Scottish Leaving Certificate Examination, 1956
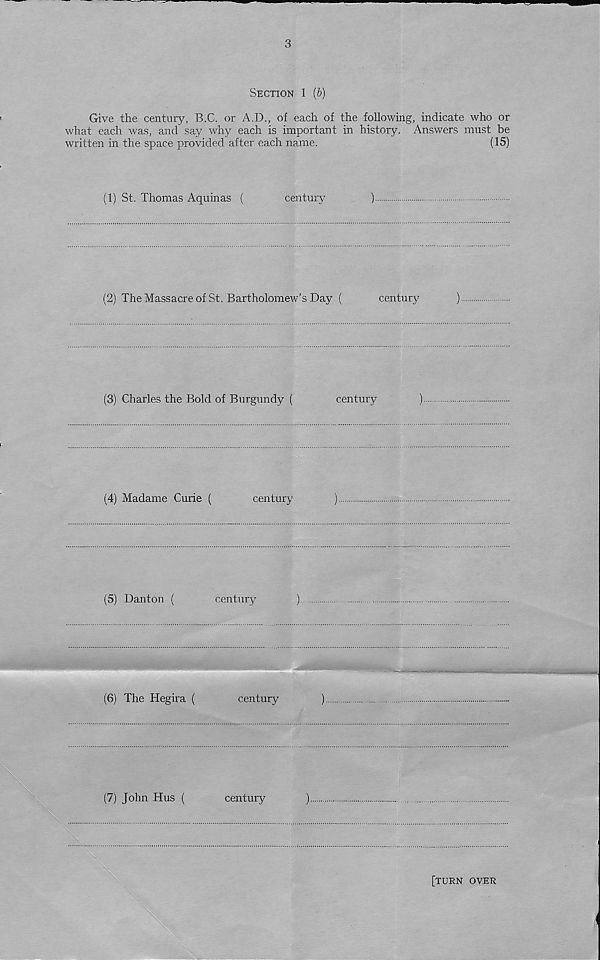
3
Section 1 (b)
Give the century, B.C. or A.D., of each of the following, indicate who or
what each was, and say why each is important in history. Answers must be
written in the space provided after each name.
(15)
(1) St. Thomas Aquinas (
century
)
(2) The Massacre of St. Bartholomew’s Day (
century
)
(3) Charles the Bold of Burgundy (
century
)
(4) Madame Curie (
century
)
(5) Danton (
century
)
(6) The Hegira (
century
)
(7) John Hus (
century
)
[turn over